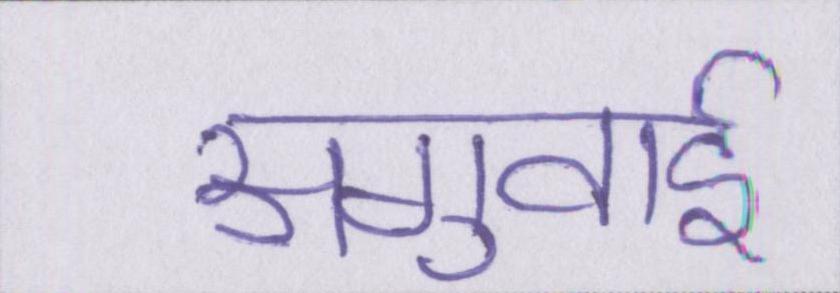
अगुवाई